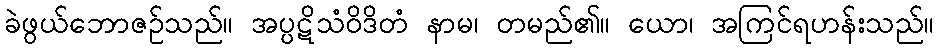
ခဲဖွယ်ဘောဇဉ်သည်။ အပ္ပဋိသံဝိဒိတံ နာမ၊ တမည်၏။ ယော၊ အကြင်ရဟန်းသည်။